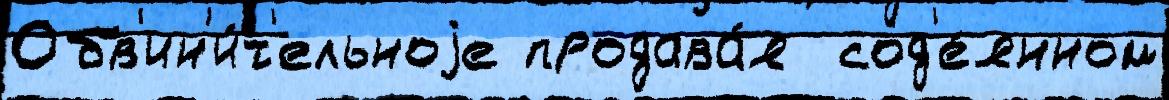
Обв'ин'и́т'ельноjе продава́я  сод'е́янном